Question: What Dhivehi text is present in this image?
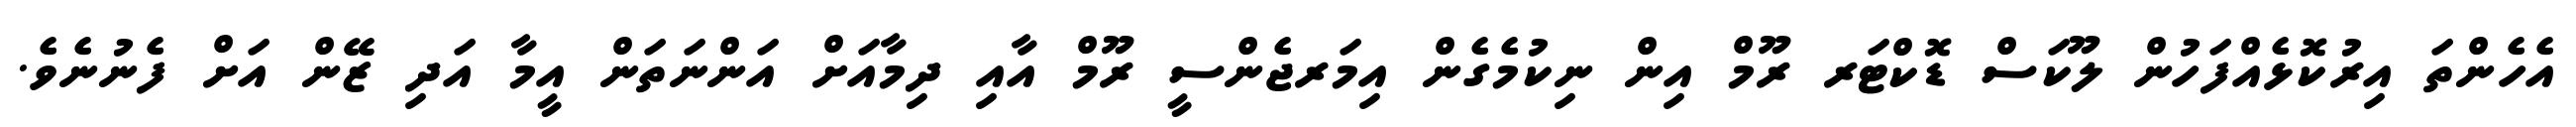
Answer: އެހެންތަ އިރުކޮޅެއްފަހުން ލޫކަސް ޑޮކްޓަރ ރޫމް އިން ނިކުމެގެން އިމަރޖެންސީ ރޫމް އާއި ދިމާއަށް އަންނަތަން އީމާ އަދި ޒޭން އަށް ފެނުނެވެ.